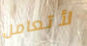
لأتعامل